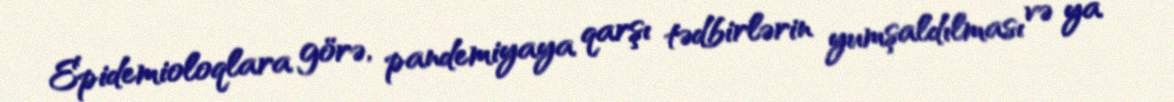
Epidemioloqlara görə, pandemiyaya qarşı tədbirlərin yumşaldılması və ya